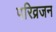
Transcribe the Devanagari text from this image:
परिव्रजन